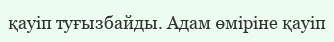
қауіп туғызбайды. Адам өміріне қауіп